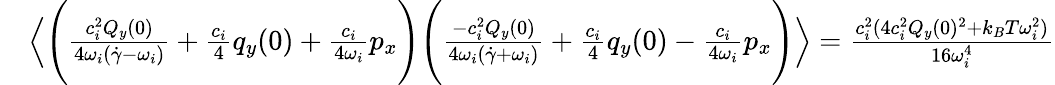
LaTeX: \begin{array}{rl}&{\Bigl\langle\Biggl(\frac{c_{i}^{2}Q_{y}(0)}{4\omega_{i}(\dot{\gamma}-\omega_{i})}+\frac{c_{i}}{4}q_{y}(0)+\frac{c_{i}}{4\omega_{i}}p_{x}\Biggr)\Biggl(\frac{-c_{i}^{2}Q_{y}(0)}{4\omega_{i}(\dot{\gamma}+\omega_{i})}+\frac{c_{i}}{4}q_{y}(0)-\frac{c_{i}}{4\omega_{i}}p_{x}\Biggr)\Bigr\rangle=\frac{c_{i}^{2}(4c_{i}^{2}Q_{y}(0)^{2}+k_{B}T\omega_{i}^{2})}{16\omega_{i}^{4}}}\end{array}